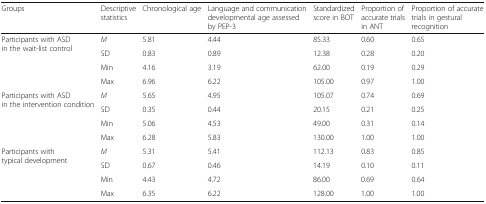
<table><thead><tr><td><b>Groups</b></td><td><b>Descriptive statistics</b></td><td><b>Chronological age</b></td><td><b>Language and communication developmental age assessed by PEP-3</b></td><td><b>Standardized score in BOT</b></td><td><b>Proportion of accurate trials in ANT</b></td><td><b>Proportion of accurate trials in gestural recognition</b></td></tr></thead><tbody><tr><td rowspan="4">Participants with ASD in the wait-list control</td><td><i>M</i></td><td>5.81</td><td>4.44</td><td>85.33</td><td>0.60</td><td>0.65</td></tr><tr><td>SD</td><td>0.83</td><td>0.89</td><td>12.38</td><td>0.28</td><td>0.20</td></tr><tr><td>Min</td><td>4.16</td><td>3.19</td><td>62.00</td><td>0.19</td><td>0.29</td></tr><tr><td>Max</td><td>6.96</td><td>6.22</td><td>105.00</td><td>0.97</td><td>1.00</td></tr><tr><td rowspan="4">Participants with ASD in the intervention condition</td><td><i>M</i></td><td>5.65</td><td>4.95</td><td>105.07</td><td>0.74</td><td>0.69</td></tr><tr><td>SD</td><td>0.35</td><td>0.44</td><td>20.15</td><td>0.21</td><td>0.25</td></tr><tr><td>Min</td><td>5.06</td><td>4.53</td><td>49.00</td><td>0.31</td><td>0.14</td></tr><tr><td>Max</td><td>6.28</td><td>5.83</td><td>130.00</td><td>1.00</td><td>1.00</td></tr><tr><td rowspan="4">Participants with typical development</td><td><i>M</i></td><td>5.31</td><td>5.41</td><td>112.13</td><td>0.83</td><td>0.85</td></tr><tr><td>SD</td><td>0.67</td><td>0.46</td><td>14.19</td><td>0.10</td><td>0.11</td></tr><tr><td>Min</td><td>4.43</td><td>4.72</td><td>86.00</td><td>0.69</td><td>0.64</td></tr><tr><td>Max</td><td>6.35</td><td>6.22</td><td>128.00</td><td>1.00</td><td>1.00</td></tr></tbody></table>